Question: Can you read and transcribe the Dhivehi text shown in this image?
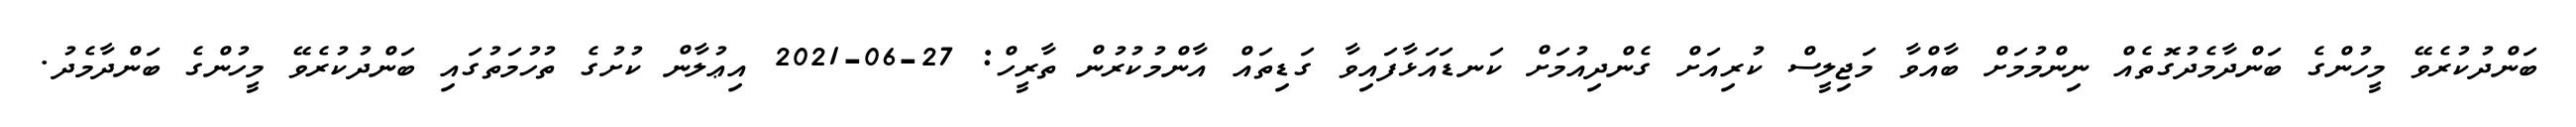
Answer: ބަންދުކުރެވޭ މީހުންގެ ބަންދާމެދުގޮތެއް ނިންމުމަށް ބާއްވާ މަޖިލީސް ކުރިއަށް ގެންދިއުމަށް ކަނޑައަޅާފައިވާ ގަޑިތައް އާންމުކުރުން ތާރީހް: 27-06-2021 އިޢުލާން ކުށުގެ ތުހުމަތުގައި ބަންދުކުރެވޭ މީހުންގެ ބަންދާމެދު.